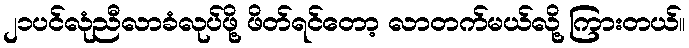
၂၁ပင်လုံညီလာခံလုပ်ဖို့ ဖိတ်ရင်တော့ လာတက်မယ်လို့ ကြားတယ်။